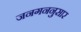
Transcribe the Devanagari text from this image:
जनगननुसार